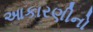
આકારણીનો